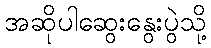
အဆိုပါဆွေးနွေးပွဲသို့